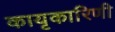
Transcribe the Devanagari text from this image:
कायृकारिणी